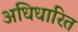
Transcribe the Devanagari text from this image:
अधिधारित